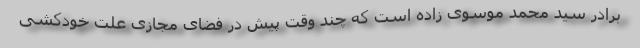
برادر سید محمد موسوی زاده است که چند وقت پیش در فضای مجازی علت خودکشی